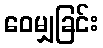
ဝေမျှခြင်း